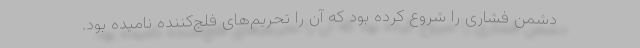
دشمن فشاری را شروع کرده بود که آن را تحریم‌های فلج‌کننده نامیده بود.